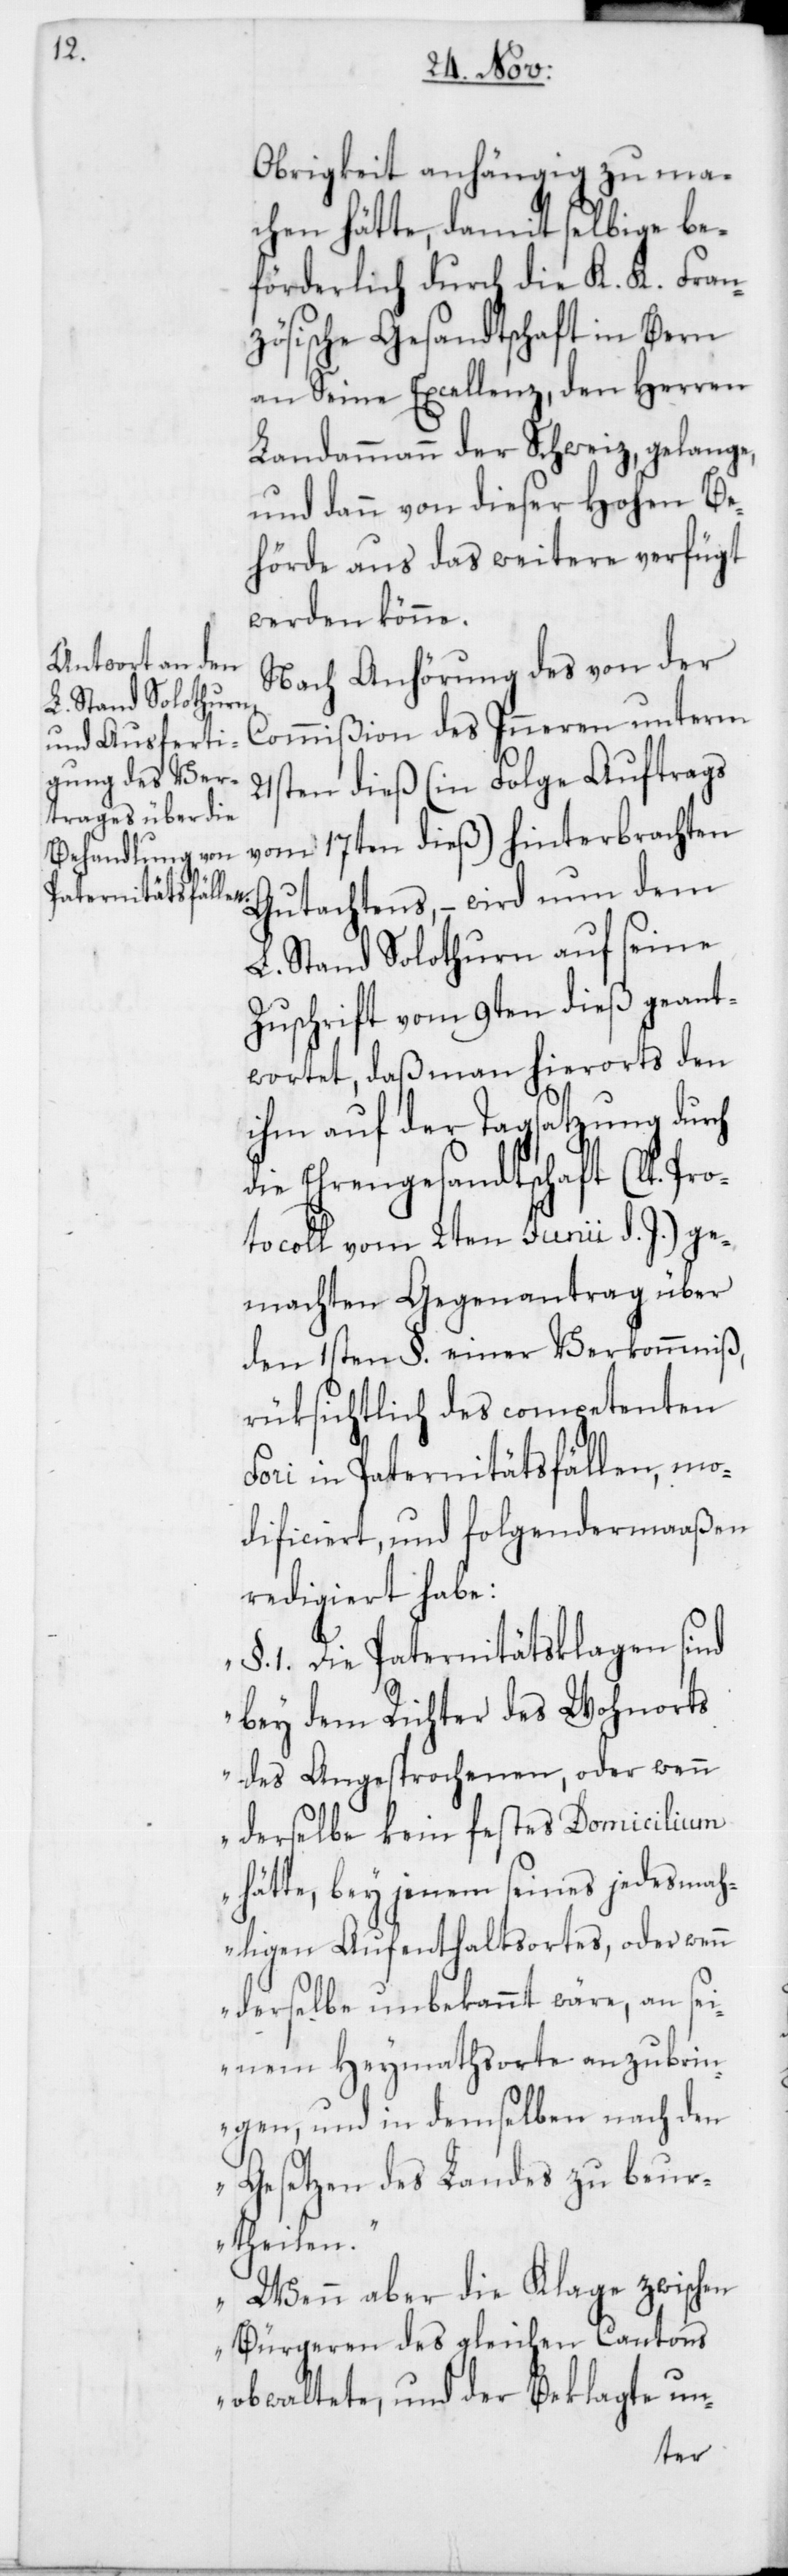
Obrigkeit anhängig zu ma¬
chen hätte, damit selbige be¬
förderlich durch die K. K. Franz¬
ösische Gesandtschaft in Bern
an Seine Excellenz, den Herren
Landammann der Schweiz, gelange,
und dann von dieser Hohen Be¬
hörde aus das weitere verfügt
werden könne.
Nach Anhörung des von der
Commißion des Inneren unterm
21sten dieß (in Folge Auftrags
vom 17ten dieß hinterbrachten
Gutachtens, – wird nun dem
L. Stand Solothurn auf seine
Zuschrift vom 9ten dieß geant¬
wortet, daß man hierorts den
ihm auf der Tagsatzung durch
die Ehrengesandtschaft (lt. Pro¬
tocoll vom 2ten Junii d. J.) ge¬
machten Gegenantrag über
den 1sten § einer Verkommniß,
rüksichtlich des competenten
Fori in Paternitätsfällen, mo¬
dificiert, und folgendermaßen
redigiert habe:
„§. 1. Die Paternitätsklagen sind
bey dem Richter des Wohnorts
des Angesprochenen, oder wenn
derselbe kein festes Domicilium
hätte, bey jenem seines jedesma¬
ligen Aufenthaltsortes, oder wenn
derselbe unbekannt wäre, an sei¬
nen Heymathsorte anzubrin¬
gen, und in demselben nach den
Gesetzen des Landes zu beur¬
theilen.“
„Wenn aber die Klage zwischen
Bürgeren des gleichen Cantons
obwaltete, und der Beklagte un-